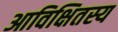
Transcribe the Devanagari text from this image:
आविक्षितस्य